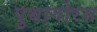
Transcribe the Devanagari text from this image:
पुथागोरस